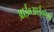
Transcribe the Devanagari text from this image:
आई०आई०एम